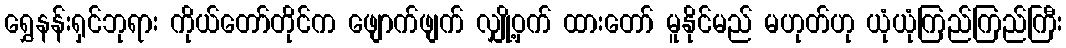
ရွှေနန်းရှင်ဘုရား ကိုယ်တော်တိုင်က ဖျောက်ဖျက် လျှို့ဝှက် ထားတော် မူနိုင်မည် မဟုတ်ဟု ယုံယုံကြည်ကြည်ကြီး